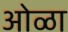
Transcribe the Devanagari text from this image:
ओळा